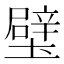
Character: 𨐬